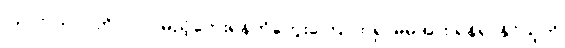
(၄) ဘယာဂတိ - လာမည့်ဘေးရန်ကိုတွေးကြောက်၍ မိမိအား ရန်ရှာနိုင်သူကို